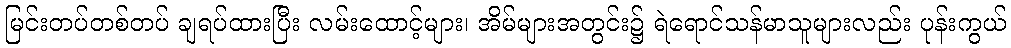
မြင်းတပ်တစ်တပ် ချရပ်ထားပြီး လမ်းထောင့်များ၊ အိမ်များအတွင်း၌ ရဲရောင်သန်မာသူများလည်း ပုန်းကွယ်